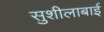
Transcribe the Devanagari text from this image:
सुशीलाबाई